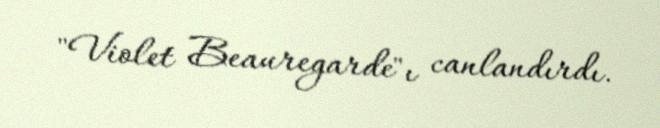
"Violet Beauregarde"ı canlandırdı.